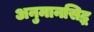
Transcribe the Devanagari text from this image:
अनुमानसिद्ध